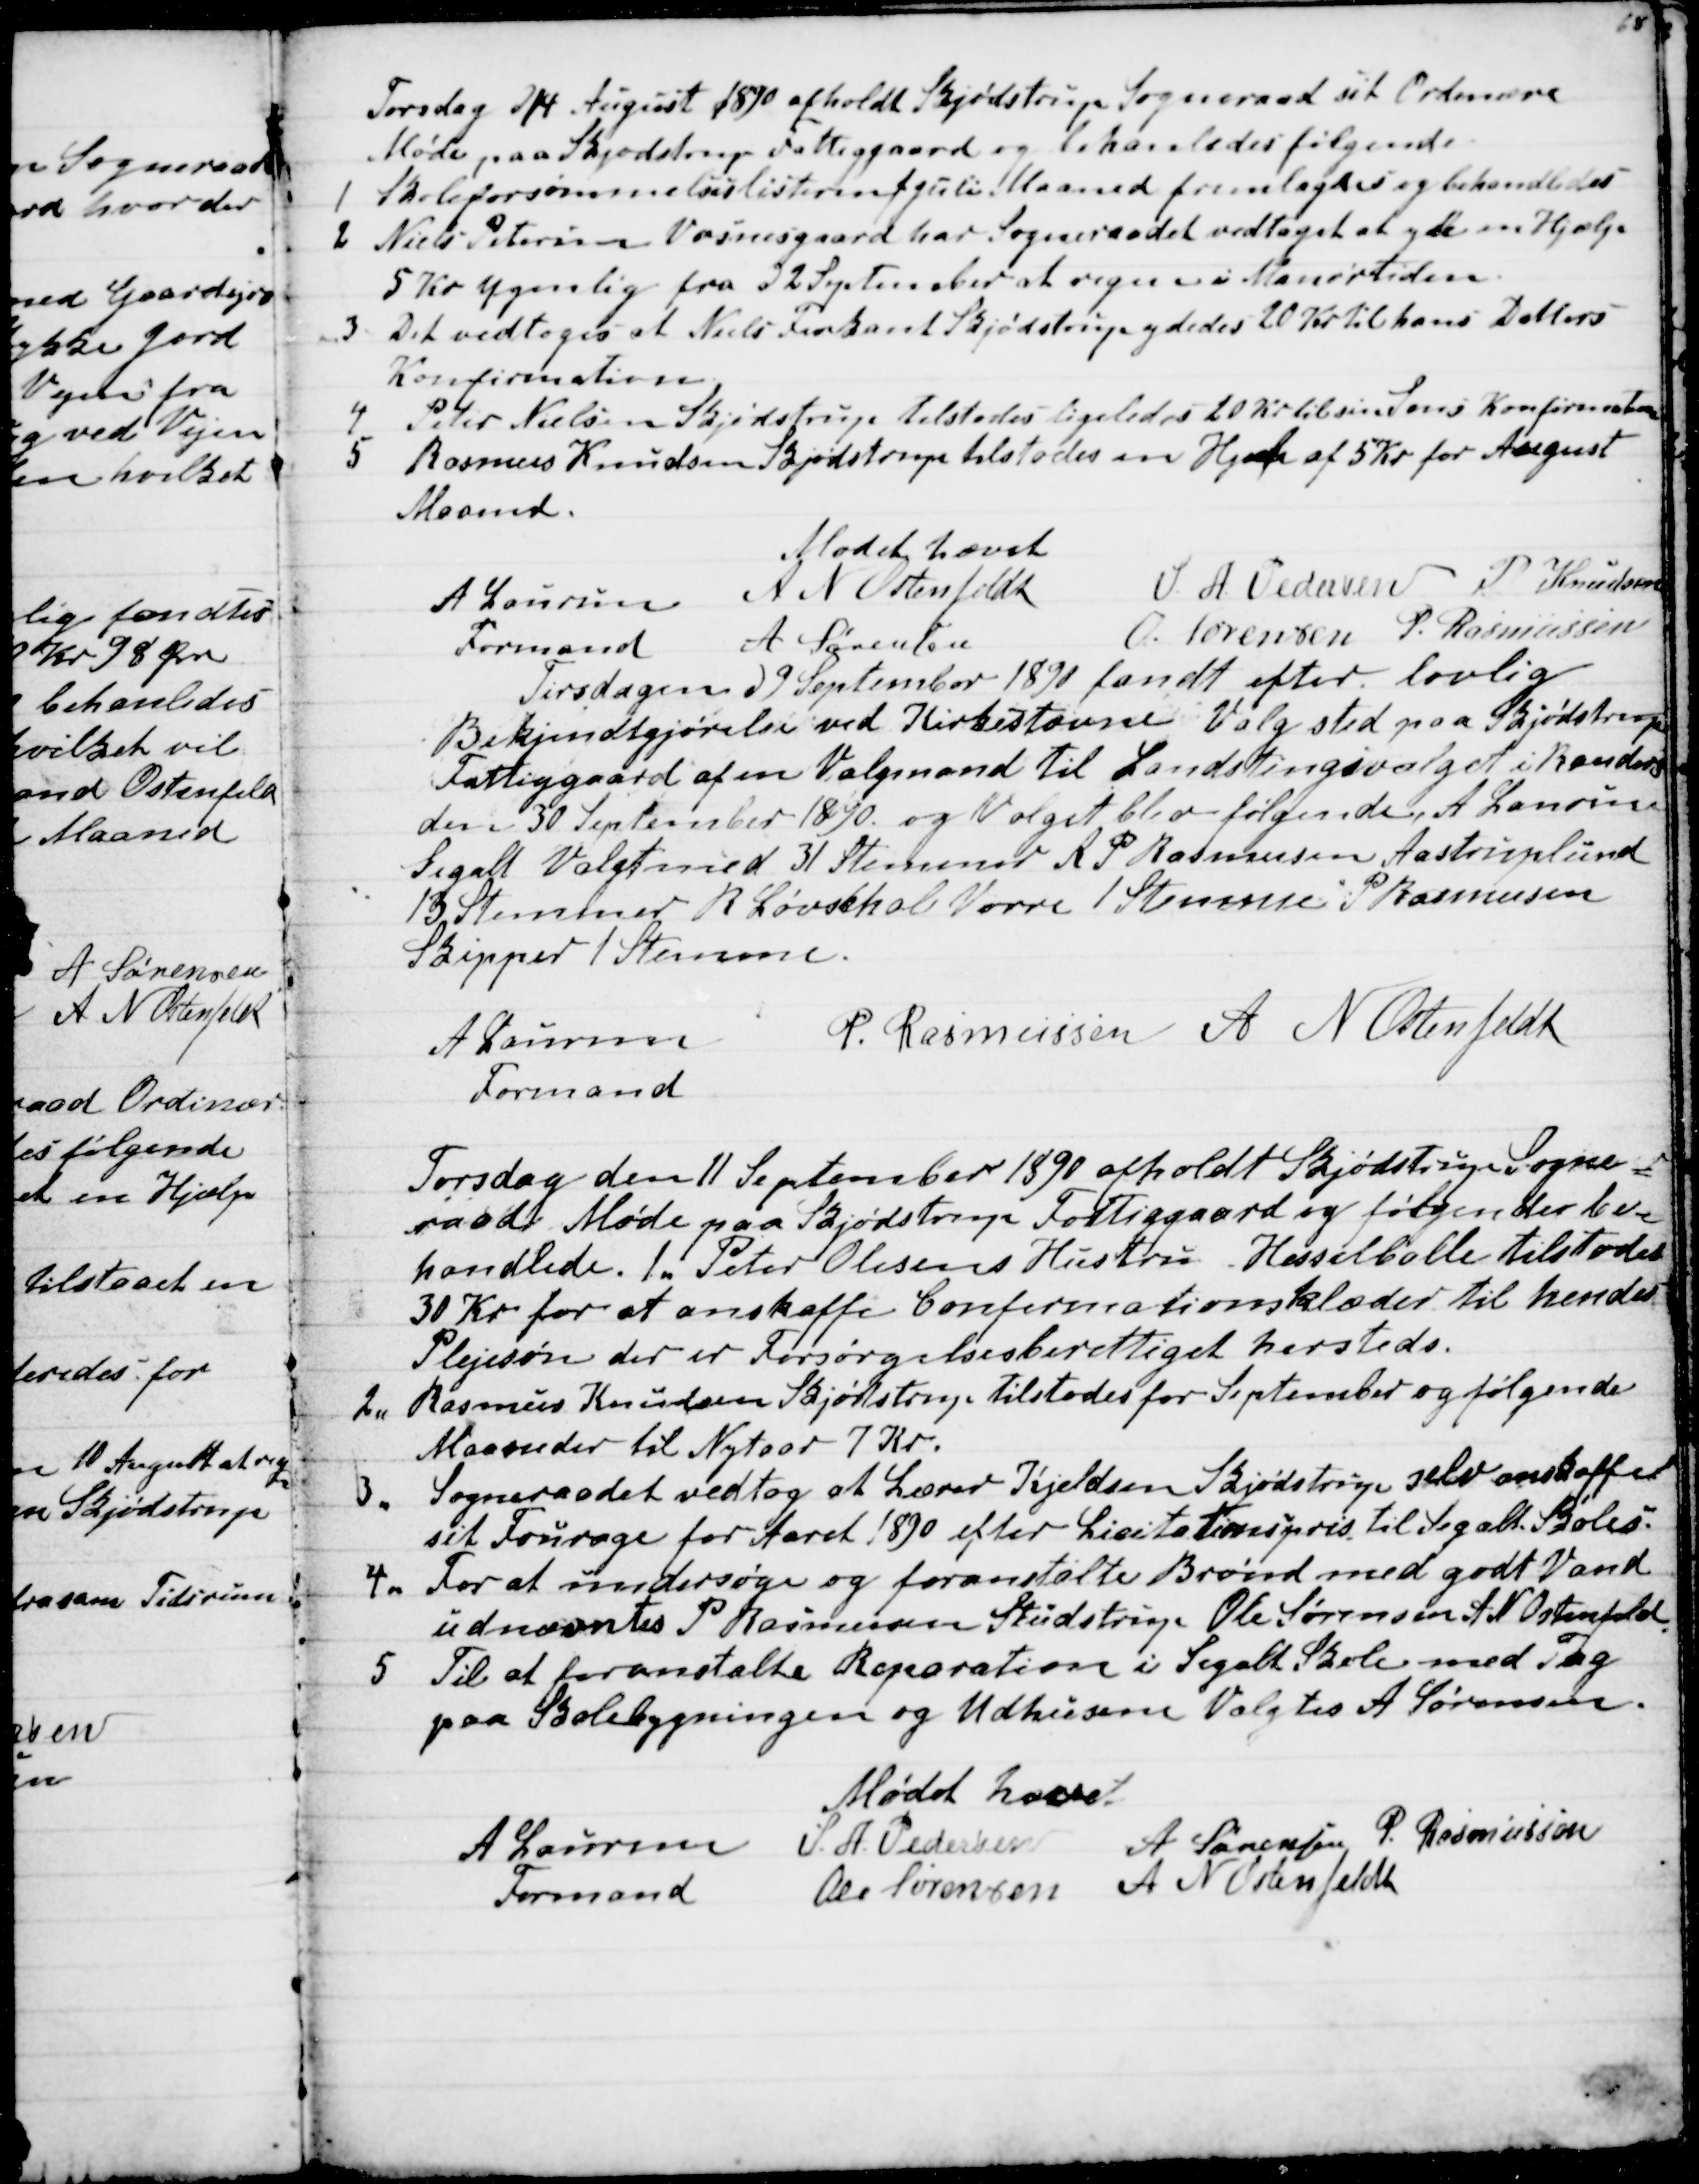
Transskription:
Torsdag d 14 August 1890 afholdt Skjødstrup Sogneraad sit Ordinære
Møde paa Skjødstrup Fattiggaard og behanledes følgende
1
Skoleforsømmelseslisterne f Juli Maaned fremlagdes og behandledes
2
Niels Petersen Vosnesgaard har Sogneraadet vedtaget at yde en Hjælp
5 Kr ugenlig fra d 2 September at regne i Manestiden
3
Det vedtoges at Niels Firkant Skjødstrup ydedes 20 Kr til hans Datters
Konfirmation.
4
Peter Nielsen Skjødstrup tilstodes ligeledes 20 Kr til sin Søns Konfirmation
5
Rasmus Knudsen Skjødstrup tilstodes en Hjælp af 5 Kr for August
Maaned.
Mødet hævet
A Laursen 
Formand
A  N Ostenfeldt
S. A. Pedersen P. Knudsen
A Sørensen
O. Sørensen P. Rasmussen
Tirsdagen d 9 September 1890 fandt efter lovlig
Bekjendtgjørelse ved Kirkestævne Valg sted paa Skjødstrup
Fattiggaard af en Valgmand til Landstingsvalget i Randers
den 30 September 1890 og Valget blev følgende, A Laursen
Segalt Valgt med 31 Stemmer R P Rasmussen Aastruplund
13 Stemmer R Løvschal Vorre 1 Stemme P Rasmussen
Skipper 1 Stemme.
A Laursen
Formand
P. Rasmussen A N Ostenfeldt
Torsdag den 11 September 1890 afholdt Skjødstrup Sogne-
raad Møde paa Skjødstrup Fattiggaard og følgendes be-
handlede. 1. Peter Olesens Hustru Hesselballe tilstodes
30 Kr for at anskaffe Confirmationsklæder til hendes
Plejesøn der er Forsørgelsesberettiget hersteds.
2.
Rasmus Knudsen Skjødstrup tilstodes for September og følgende
Maaneder til Nytaar 7 Kr.
3.
Sogneraadet vedtog at Lærer Kjeldsen Skjødstrup selv anskaffer
sit Fourage for Aaret 1890 efter Lisitationspris til Segalt Skoles.
4.
For at undersøge og foranstalte Brønd med godt Vand
udnævntes P Rasmussen Studstrup Ole Sørensen A N Ostenfeld
5. Til at foranstalte Reparation i Segalt Skole med Tag
paa Skolebygningen og Udhusene Valgtes A Sørensen.
Mødet hævet
A Laursen
Formand
S. A. Pedersen
A Sørensen
P. Rasmussen
Ole Sørensen
A N Ostensfeldt